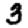
Digit: 3